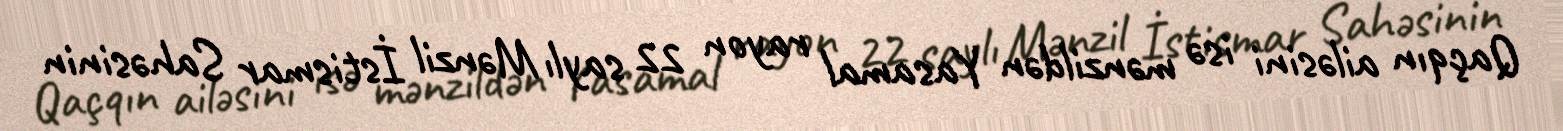
Qaçqın ailəsini isə mənzildən Yasamal rayon 22 saylı Mənzil İstismar Sahəsinin